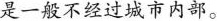
是一般不经过城市内部。